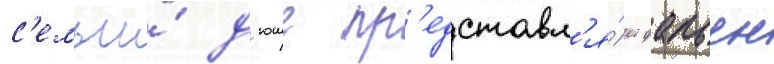
с'емьи́ д'юше пр'едставл'я́ет фабьен